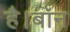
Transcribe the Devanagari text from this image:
है।बॉन